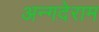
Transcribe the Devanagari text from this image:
अन्गदेराम